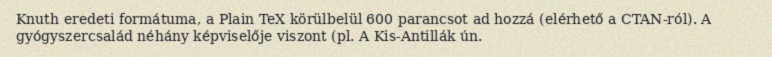
Knuth eredeti formátuma, a Plain TeX körülbelül 600 parancsot ad hozzá (elérhető a CTAN-ról). A gyógyszercsalád néhány képviselője viszont (pl. A Kis-Antillák ún.